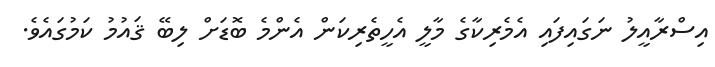
އިސްރާއީލު ނަގައިފައި އެމެރިކާގެ މާލީ އެހީތެރިކަން އެންމެ ބޮޑަށް ލިބޭ ޤައުމު ކަމުގައެވެ.